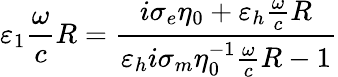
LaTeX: \varepsilon_{1}\frac{\omega}{c}R=\frac{i\sigma_{e}\eta_{0}+\varepsilon_{h}\frac{\omega}{c}R}{\varepsilon_{h}i\sigma_{m}\eta_{0}^{-1}\frac{\omega}{c}R-1}